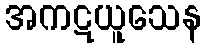
အကဋယူသေန